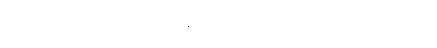
ဧတိမာသမိသုတ်ဖြင့် ဧတာ၏အဆုံး -ါ ကို -ိ ပြု, တ်ကို -ိ သို့ကပ်